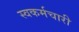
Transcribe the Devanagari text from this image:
स्वकर्मचारी